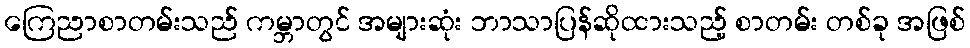
ကြေညာစာတမ်းသည် ကမ္ဘာတွင် အများဆုံး ဘာသာပြန်ဆိုထားသည့် စာတမ်း တစ်ခု အဖြစ်